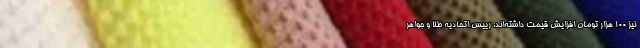
نیز ۱۰۰ هزار تومان افزایش قیمت داشته‌اند. رییس اتحادیه طلا و جواهر